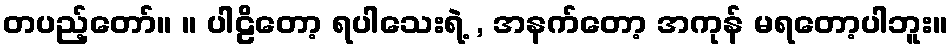
တပည့်တော်။ ။ ပါဠိတော့ ရပါသေးရဲ့ , အနက်တော့ အကုန် မရတော့ပါဘူး။